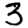
Digit: 3